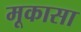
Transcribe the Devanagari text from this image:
मूकासा